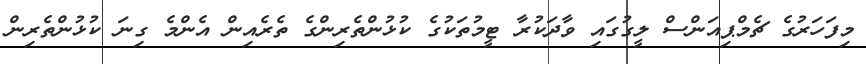
މިފަހަރުގެ ޗެމްޕިއަންސް ލީގުގައި ވާދަކުރާ ޓީމުތަކުގެ ކުޅުންތެރިންގެ ތެރެއިން އެންމެ ގިނަ ކުޅުންތެރިން